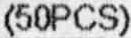
(50PCS)